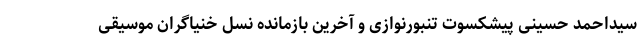
سیداحمد حسینی پیشکسوت تنبورنوازی و آخرین بازمانده نسل خنیاگران موسیقی